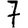
Digit: 7